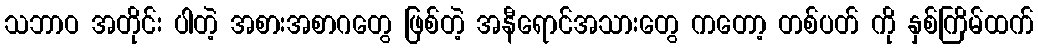
သဘာဝ အတိုင်း ပါတဲ့ အစားအစာဂတွေ ဖြစ်တဲ့ အနီရောင်အသားတွေ ကတော့ တစ်ပတ် ကို နှစ်ကြိမ်ထက်